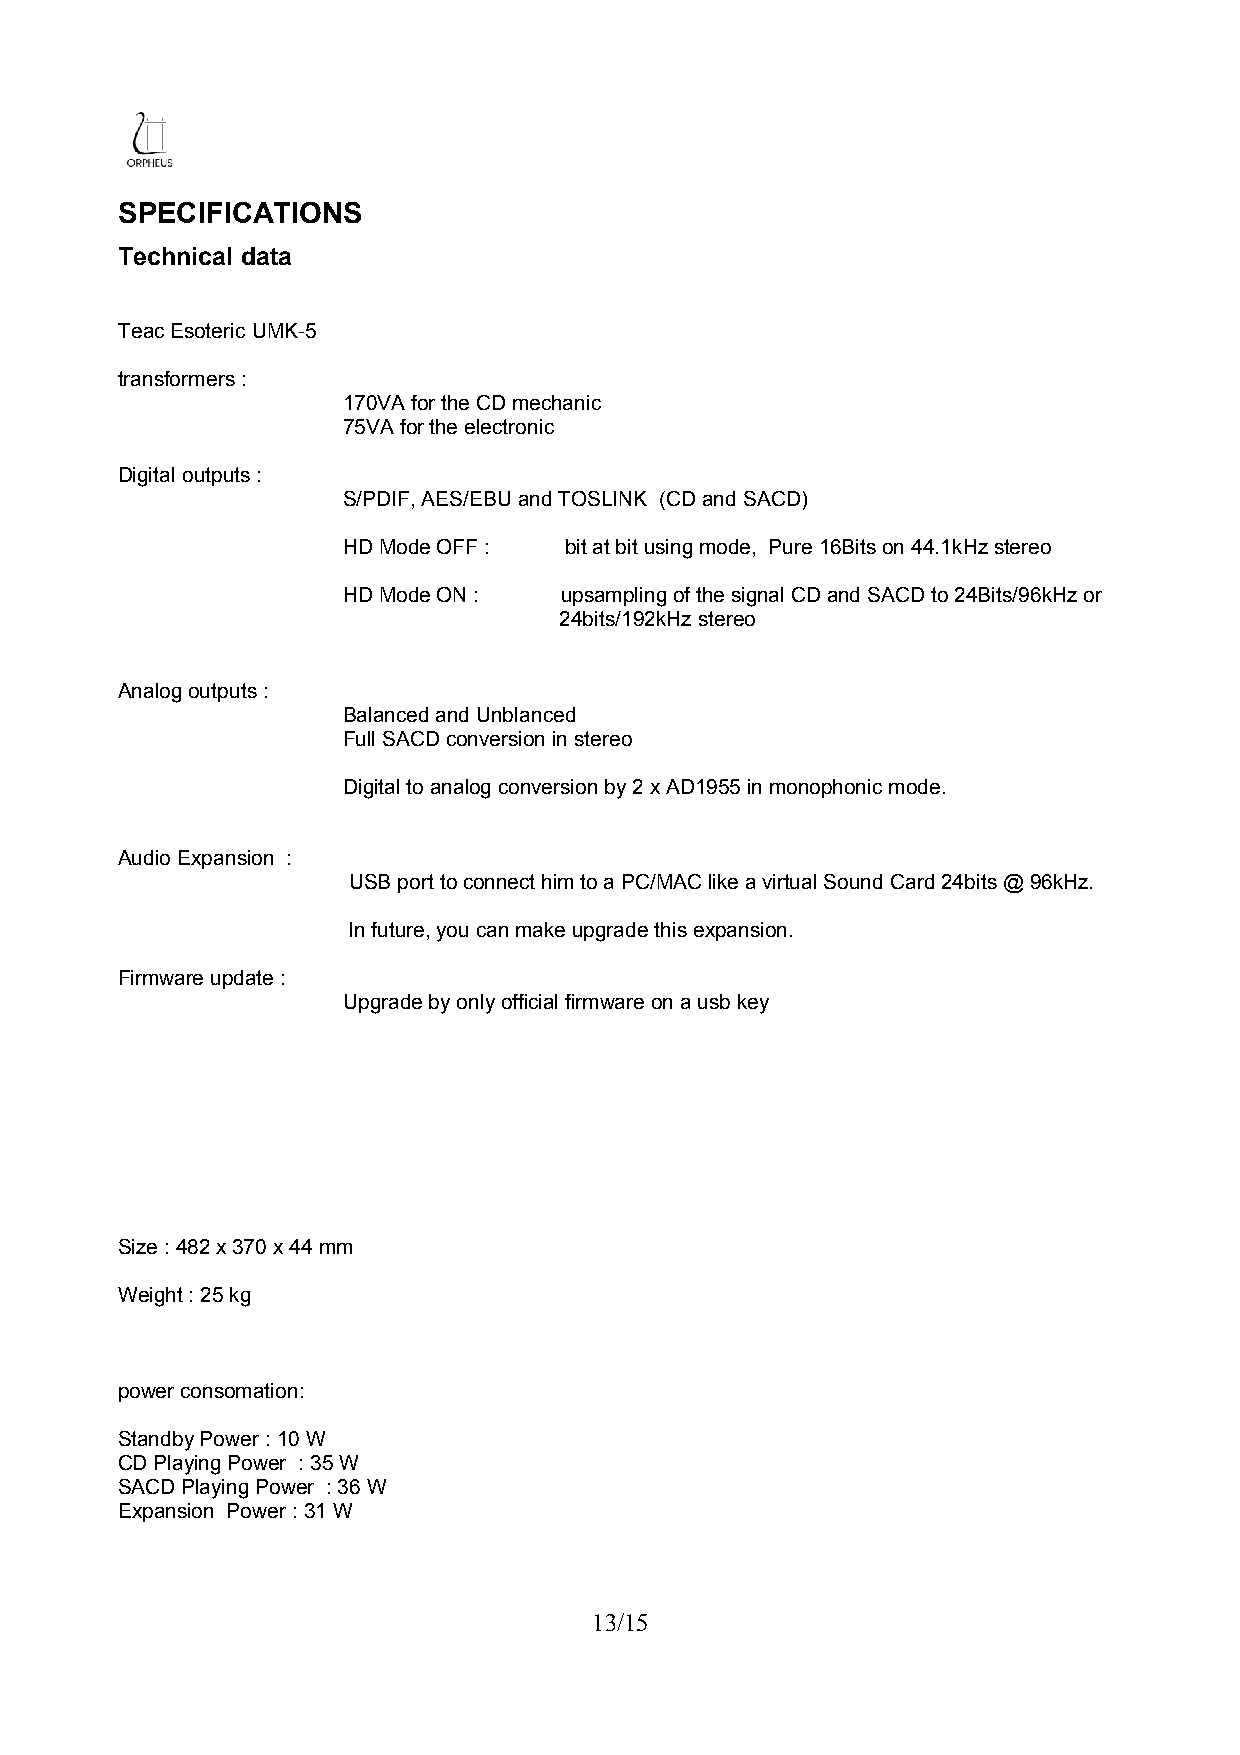
SPECIFICATIONS
 Technical data
 Teac Esoteric UMK-5
 transformers :
 170VA for the CD mechanic
 75VA for the electronic
 Digital outputs :
 S/PDIF, AES/EBU and TOSLINK (CD and SACD)
 HD Mode OFF : bit at bit using mode, Pure 16Bits on 44.1kHz stereo
 HD Mode ON :  upsampling of the signal CD and SACD to 24Bits/96kHz or
 24bits/192kHz stereo
 Analog outputs :
 Balanced and Unblanced
 Full SACD conversion in stereo
 Digital to analog conversion by 2 x AD1955 in monophonic mode.
 Audio Expansion :
 USB port to connect him to a PC/MAC like a virtual Sound Card 24bits @ 96kHz.
 In future, you can make upgrade this expansion.
 Firmware update :
 Upgrade by only official firmware on a usb key
 Size : 482 x 370 x 44 mm
 Weight : 25 kg
 power consomation:
 Standby Power : 10 W
 CD Playing Power : 35 W
 SACD Playing Power : 36 W
 Expansion Power : 31 W
 13/15